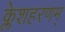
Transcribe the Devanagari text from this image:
क्लेशहरणम्